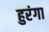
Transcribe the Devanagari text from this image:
हुरंगा